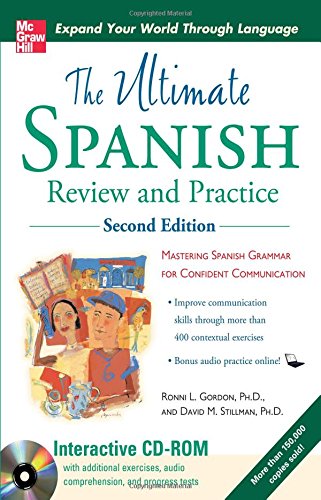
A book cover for Ultimate Spanish Review and Practice with CD-ROM, Second Edition (UItimate Review & Reference Series); Ronni Gordon; Travel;